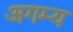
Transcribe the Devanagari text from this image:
अगम्‍य